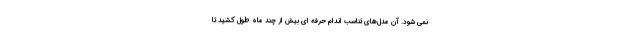
نمی شود. آن مدل­های تناسب اندام حرفه ای بیش از چند ماه طول کشید تا